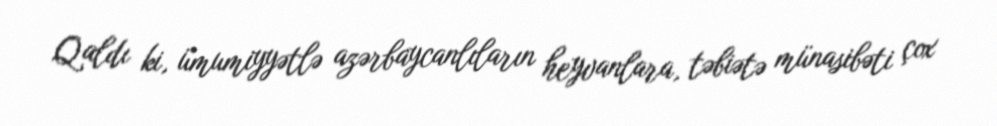
Qaldı ki, ümumiyyətlə azərbaycanlıların heyvanlara, təbiətə münasibəti çox